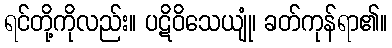
ရင်တို့ကိုလည်း။ ပဋိဝိသေယျုံ၊ ခတ်ကုန်ရာ၏။